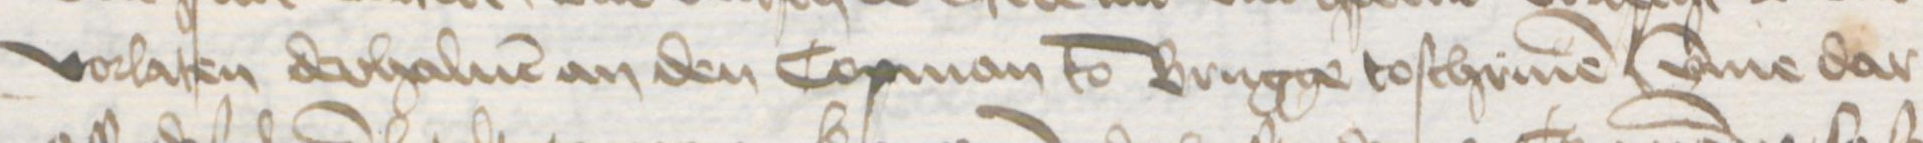
vorlaten derhaluen an den Copman to Brugge toschriuen umme dar